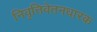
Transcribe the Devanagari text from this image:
निवृत्तिवेतनधारक